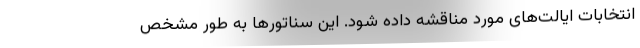
انتخابات ایالت‌های مورد مناقشه داده شود. این سناتورها به طور مشخص